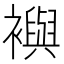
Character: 𧞏